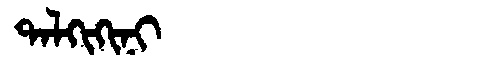
Manchu: ᡨᠠᠯᡴᡳᡴᡳᠨᡳ
Romanization: TALKIKINI